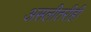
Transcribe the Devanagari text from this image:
असलीतरीही